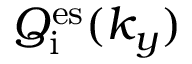
Q _ { \mathrm { i } } ^ { \mathrm { e s } } ( k _ { y } )